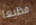
فظيعا